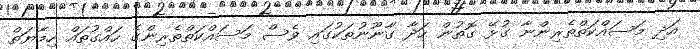
އަދި މަސައްކަތްތެރިންނާ ގުޅޭ ގޮތުން ހަދާ ގާނޫނުތަކުގައި ވެސް މަސައްކަތްތެރިންގެ ހައްގުތައް ހިމާޔަތް